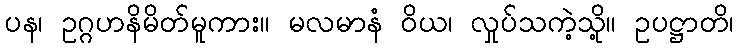
ပန၊ ဥဂ္ဂဟနိမိတ်မူကား။ မလမာနံ ဝိယ၊ လှုပ်သကဲ့သို့။ ဥပဋ္ဌာတိ၊